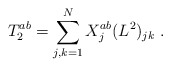
\begin{align*}T_2^{ab}=\sum_{j,k=1}^{N}X^{ab}_j (L^2)_{jk}\;.\end{align*}